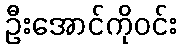
ဦးအောင်ကိုဝင်း